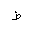
Letter: _da